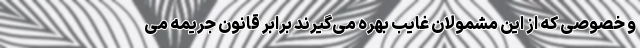
و خصوصی که از این مشمولان غایب بهره می‌گیرند برابر قانون جریمه می